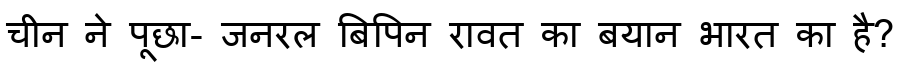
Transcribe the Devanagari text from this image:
चीन ने पूछा- जनरल बिपिन रावत का बयान भारत का है?